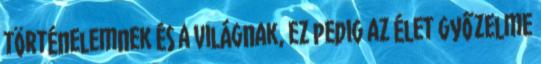
történelemnek és a világnak, ez pedig az élet győzelme